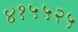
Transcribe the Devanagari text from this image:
४१५५२५